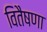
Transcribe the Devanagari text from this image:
वितैषणा